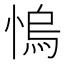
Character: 𢞬